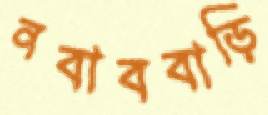
নবাববাড়ি